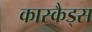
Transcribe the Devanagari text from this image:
कास्कैड्स